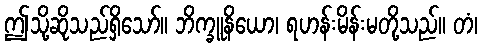
ဤသို့ဆိုသည်ရှိသော်။ ဘိက္ခူနိယော၊ ရဟန်းမိန်းမတို့သည်။ တံ၊